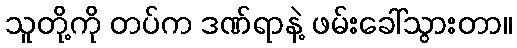
သူတို့ကို တပ်က ဒဏ်ရာနဲ့ ဖမ်းခေါ်သွားတာ။